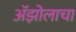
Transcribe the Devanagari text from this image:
ॲझोलाचा